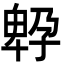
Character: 𡦆